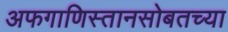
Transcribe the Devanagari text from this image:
अफगाणिस्तानसोबतच्या